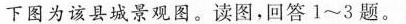
下图为该县城景观图。读图，回答1~3题。